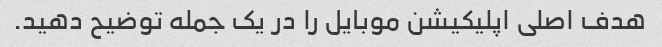
هدف اصلی اپلیکیشن موبایل را در یک جمله توضیح دهید.